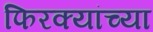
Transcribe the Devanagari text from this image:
फिरक्यांच्या